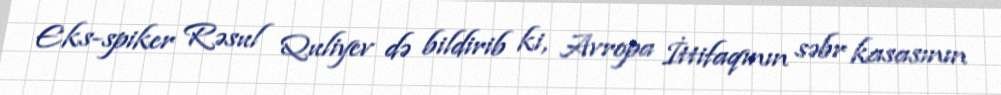
Eks-spiker Rəsul Quliyev də bildirib ki, Avropa İttifaqının səbr kasasının